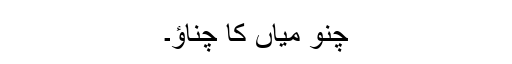
چُنو میاں کا چُناؤ۔